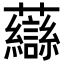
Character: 𧄶